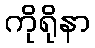
ကိုရိုနာ